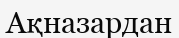
Ақназардан